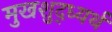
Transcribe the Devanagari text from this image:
मुखशुद्ध्यर्थ